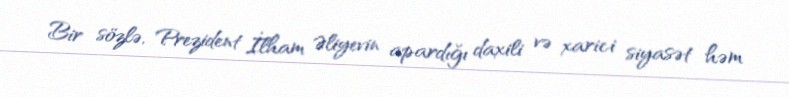
Bir sözlə, Prezident İlham Əliyevin apardığı daxili və xarici siyasət həm